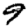
Digit: 9